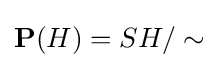
\mathbf {P} (H)=SH/\sim